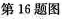
第16题图